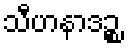
သီဟနာဒဉ္စ